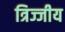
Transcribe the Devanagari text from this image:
त्रिज्जीय